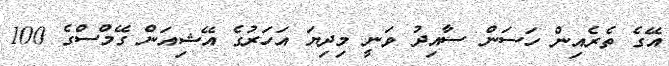
އޭގެ ތެރެއިން ހަސަން ސާއިދު ވަނީ މިދިޔަ އަހަރުގެ އޭޝިއަން ގޭމްސްގެ 100